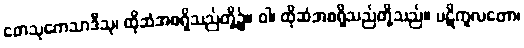
တေသုကေသာဒီသု၊ ထိုဆံအစရှိသည်တို့၌။ ဝါ၊ ထိုဆံအစရှိသည်တို့သည်။ ပဋိကူလတော၊